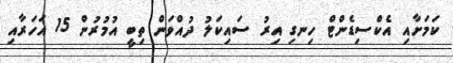
ކަމަށާއި އެކްސިޑެންޓް ހިނގި އިރު ސައިކަލު ދުއްވަން ތިބީ އުމުރުން 15 އަހަރާއި